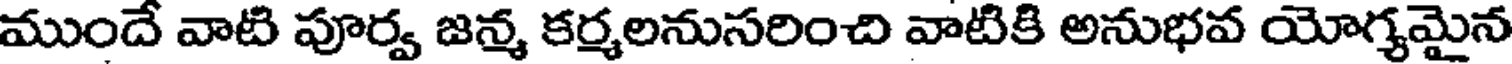
ముందే వాటి పూర్వ జన్మ కర్మలనుసరించి వాటికి అనుభవ యోగ్యమైన